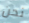
نحن